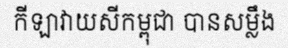
កីឡាវាយសីកម្ពុជា បានសម្លឹង